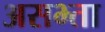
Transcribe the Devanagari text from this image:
असभ्ता